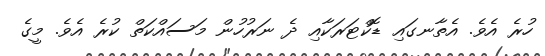
ހުރެ އެވެ. އެތާނގައި ޑޮކްޓަރަކާއި ދެ ނަރުހުން މަސައްކަތް ކުރެ އެވެ. މީގެ